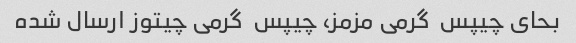
بحای چیپس  گرمی مزمز، چیپس  گرمی چیتوز ارسال شده